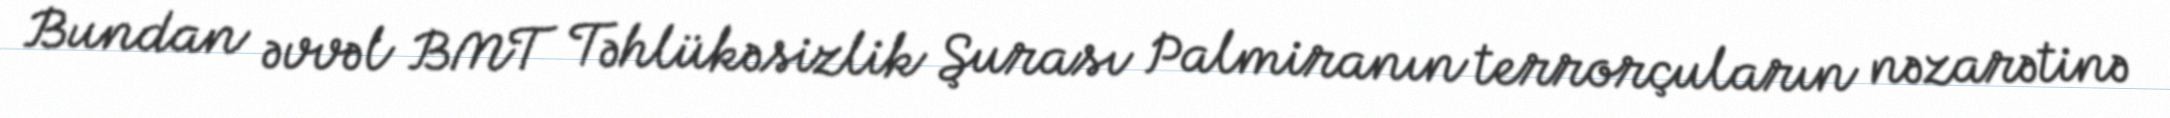
Bundan əvvəl BMT Təhlükəsizlik Şurası Palmiranın terrorçuların nəzarətinə